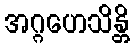
အဂ္ဂဟေသိန္တိ